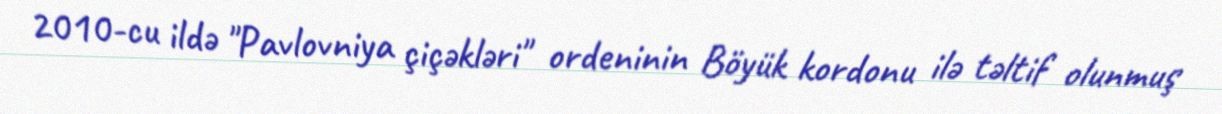
2010-cu ildə "Pavlovniya çiçəkləri" ordeninin Böyük kordonu ilə təltif olunmuş